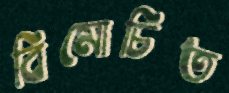
বিমোচিত